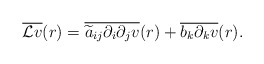
\begin{align*}\overline{{\mathcal L}v}(r)=\overline{\widetilde a_{ij}\partial_i\partial_j v}(r)+\overline{ b_k\partial_k v}(r).\end{align*}